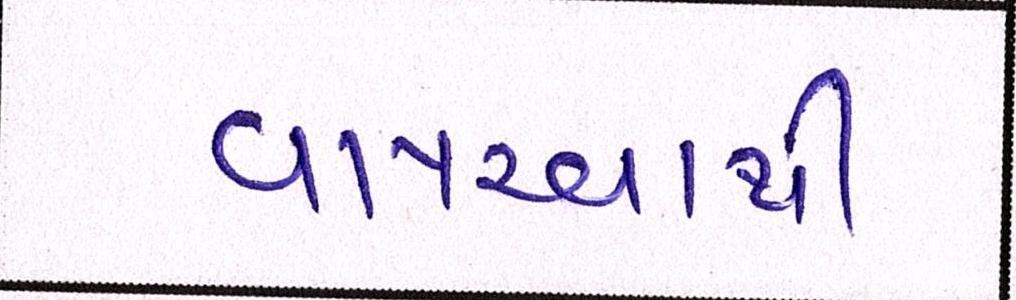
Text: વાપરવાથી